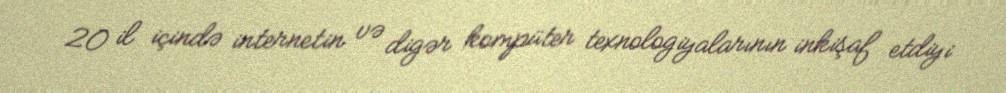
20 il içində internetin və digər kompüter texnologiyalarının inkişaf etdiyi